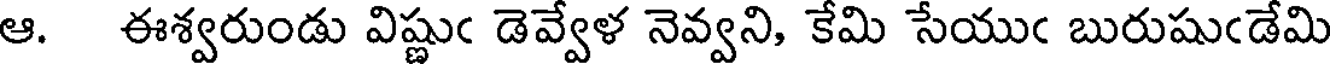
ఆ. ఈశ్వరుండు విష్ణుఁ డెవ్వేళ నెవ్వని, కేమి సేయుఁ బురుషుఁడేమి